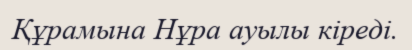
Құрамына Нұра ауылы кіреді.